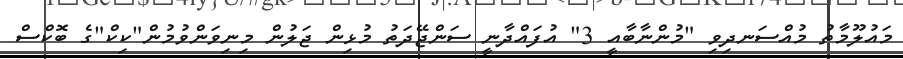
މައުލޫމާތު މުއްސަނދިވި "މުންނާބާއީ 3" އުފައްދާނީ ސަންޖޭދަތު މުޅިން ޖަލުން މިނިވަންވުމުން"ކިކް"ގެ ބޮކްސް